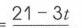
\(=21 - 3t\)